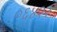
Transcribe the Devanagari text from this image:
०६४२२